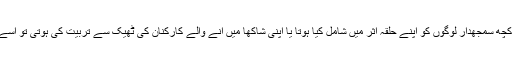
سنگھ پریوار نے اگر کچھ سمجھدار لوگوں کو اپنے حلقہ اثر میں شامل کیا ہوتا یا اپنی شاکھا میں آنے والے کارکنان کی ٹھیک سے تربیت کی ہوتی تو اسے یہ دن نہ دیکھنا پڑتا۔